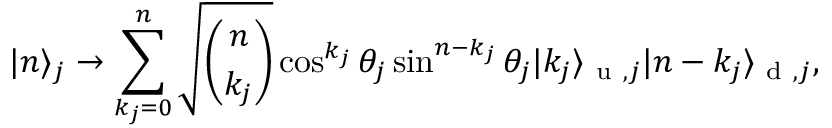
\vert n \rangle _ { j } \rightarrow \sum _ { k _ { j } = 0 } ^ { n } \sqrt { \binom { n } { k _ { j } } } \cos ^ { k _ { j } } { \theta _ { j } } \sin ^ { n - k _ { j } } { \theta _ { j } } \vert k _ { j } \rangle _ { \mathrm { ~ u ~ } , j } \vert n - k _ { j } \rangle _ { \mathrm { ~ d ~ } , j } ,